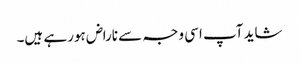
شاید آپ اسی وجہ سے ناراض ہورہے ہیں۔